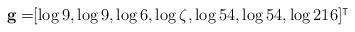
\begin{align*}\mathbf{g}=&[\log 9,\log 9,\log 6,\log \zeta,\log 54,\log 54,\log 216]^\intercal\end{align*}